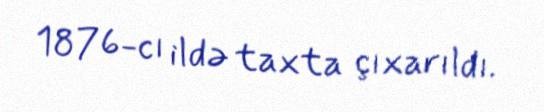
1876-cı ildə taxta çıxarıldı.